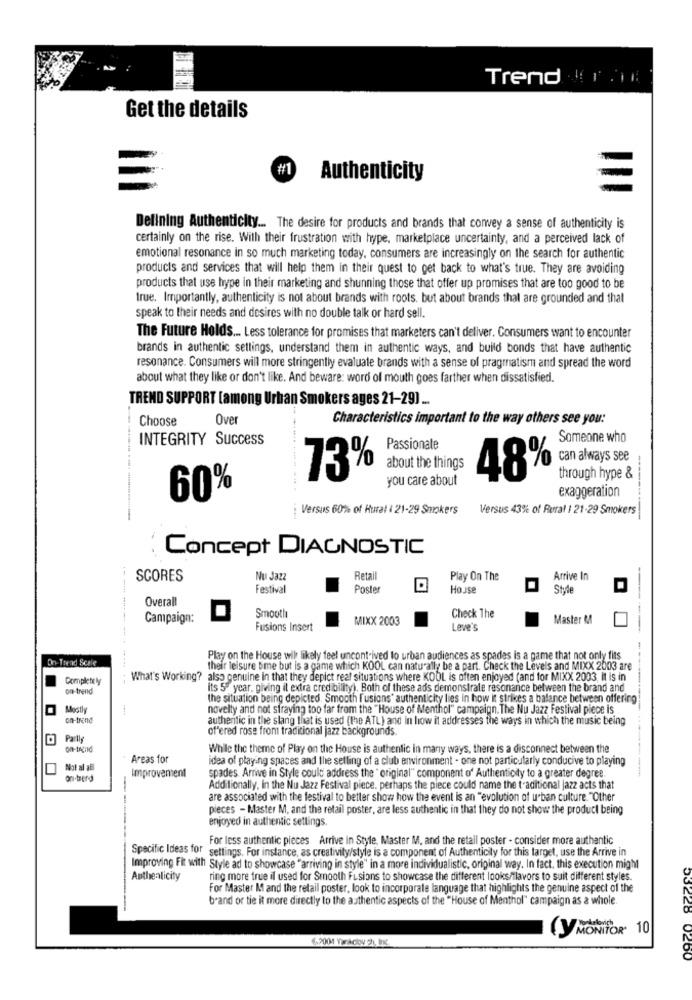
Trend r.
Get the details
#1
Authenticity
Defining Authenticity ... The desire for products and brands that convey a sense of authenticity is
certainly on the rise. With their frustration with hype, marketplace uncertainty, and a perceived lack of
emotional resonance in so much marketing today, consumers are increasingly on the search for authentic
products and services that will help them in their quest to get back to what's true. They are avoiding
products that use hype in their marketing and shunning those that offer up promises that are too good to be
true. Importantly, authenticity is not about brands with roots, but about brands that are grounded and that
speak to their needs and desires with no double talk or hard sell.
The Future Holds ... Less tolerance for promises that marketers can't deliver. Consumers want to encounter
brands in authentic settings, understand them in authentic ways, and build bonds that have authentic
resonance. Consumers will more stringently evaluate brands with a sense of pragmatism and spread the word
about what they like or don't like. And beware: word of mouth goes farther when dissatisfied.
TREND SUPPORT [among Urban Smokers ages 21-29) ...
Choose
Over
Characteristics important to the way others see you:
INTEGRITY Success
Someone who
Passionate
about the things
73%
you care about
48% can always see
through hype &
60%
exaggeration
Versus 60% of Hural | 21-29 Smokers
Versus 43% of Rural | 21-29 Smokers
-------------
Concept DIAGNOSTIC
SCORES
Nu Jazz
Retal
Play On The
Arrive In
Festival
Poster
House
Style
Overall
Campaign:
Smooth
MIXX 2003
Check The
Master M
Fusions Insert
Leve's
On-Trend Scale
Play on the House wil likely feel uncontrived to urban audiences as spades is a game that not only fits
-------- ------
their leisure bme but is a game which KOOL can naturally be a part. Check the Levels and MIXX 2003 are
What's Working? also genuine in that they depict real situations where KOOL is often enjoyed (and for MIXX 2003, It is in
on-trend
its 5- year, giving il extra credibility). Both of these ads demonstrate resonance between the brand and
the situation being depicted. Smooth fusions' authenticity lies in how it strikes a balance between offering
Mostly
novelty and not sfraying too far from the "House of Menthol" campaign. The Nu Jazz Festival piece is
on-trend
authentic in the slang that is used (the ATL) and in how it addresses the ways in which the music being
offered rose from traditional jazz backgrounds
Partly
While the theme of Play on the House is authentic in many ways, there is a disconnect between the
Areas for
idea of playing spaces and the setting of a club environment - one not particularly conducive to playing
Not al afl
Improvement
spades. Arrive in Style could address the " original" component of Authenticity to a greater degree.
on-terd
Additionally, in the Nu Jazz Festival piece, perhaps the piece could name the traditional jazz acts that
are associated with the festival to better show how the event is an "evolution of urban culture. "Other
pieces - Master M. and the retail poster, are less authentic in that they do not show the product being
enjoyed in authentic settings.
For less authentic pieces Arrive in Style, Master M. and the retail poster - consider more authentic
Specific Ideas for settings. For instance, as creativity/style is a component of Authenticity for this target, use the Arrive in
Improving Fit with Style ad to showcase "arriving in style" in a more individualistic, original way. In fact, this execution might
Authenticity
ring more true il used for Smooth Fusions to showcase the different looks/flavors to suit different styles.
For Master M and the retail poster, look to incorporate language that highlights the genuine aspect of the
brand or tie it more directly to the authentic aspects of the "House of Menthol" campaign as a whole.
53228
4.2001 Yakciou chi, Inc.
Y MONITOR 10
0260